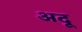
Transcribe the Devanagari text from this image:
अदू